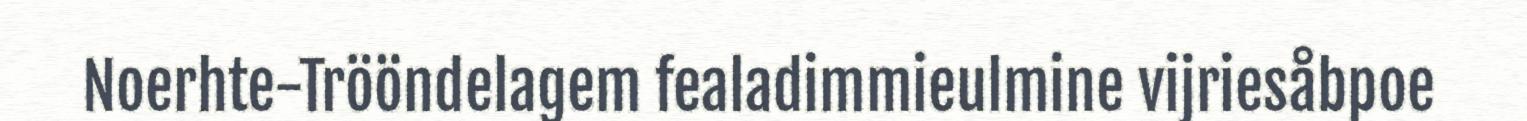
Noerhte-Trööndelagem fealadimmieulmine vijriesåbpoe